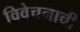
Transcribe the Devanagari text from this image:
विवेचनाची